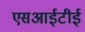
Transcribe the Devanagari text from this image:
एसआईटीई